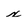
Character: x